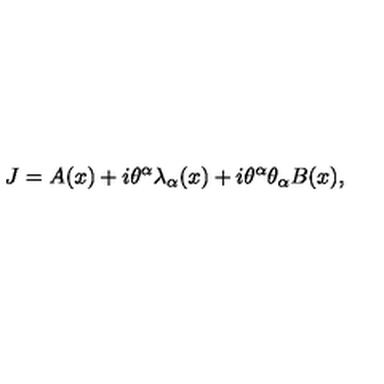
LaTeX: J = A ( x ) + i \theta ^ { \alpha } \lambda _ { \alpha } ( x ) + i \theta ^ { \alpha } \theta _ { \alpha } B ( x ) ,